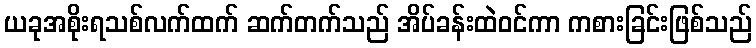
ယခုအစိုးရသစ်လက်ထက် ဆက်တက်သည် အိပ်ခန်းထဲဝင်ကာ ကစားခြင်းဖြစ်သည်